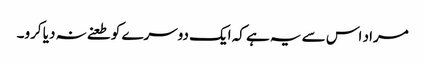
مراد اس سے یہ ہے کہ ایک دوسرے کو طعنے نہ دیا کرو۔